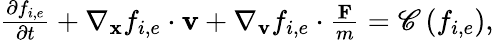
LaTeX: \begin{array}{r}{\begin{array}{r}{\frac{\partial f_{i,e}}{\partial t}+\nabla_{\mathbf{x}}f_{i,e}\cdot\mathbf{v}+\nabla_{\mathbf{v}}f_{i,e}\cdot\frac{\mathbf{F}}{m}=\mathscr{C}\left(f_{i,e}\right),}\end{array}}\end{array}